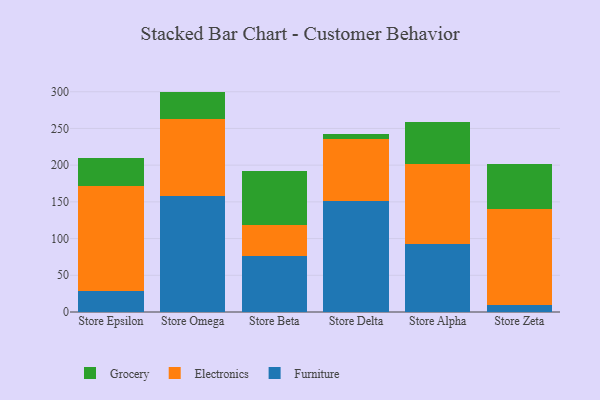
{"axis": {"x": "Store", "y": "Shipments"}, "legend": ["Electronics", "Furniture", "Grocery"], "data": [{"x": "Store Epsilon", "y": 29.2, "type": "Furniture"}, {"x": "Store Epsilon", "y": 142.6, "type": "Electronics"}, {"x": "Store Epsilon", "y": 38.6, "type": "Grocery"}, {"x": "Store Omega", "y": 157.6, "type": "Furniture"}, {"x": "Store Omega", "y": 104.7, "type": "Electronics"}, {"x": "Store Omega", "y": 37.9, "type": "Grocery"}, {"x": "Store Beta", "y": 76.0, "type": "Furniture"}, {"x": "Store Beta", "y": 42.4, "type": "Electronics"}, {"x": "Store Beta", "y": 74.1, "type": "Grocery"}, {"x": "Store Delta", "y": 151.2, "type": "Furniture"}, {"x": "Store Delta", "y": 84.4, "type": "Electronics"}, {"x": "Store Delta", "y": 7.3, "type": "Grocery"}, {"x": "Store Alpha", "y": 92.7, "type": "Furniture"}, {"x": "Store Alpha", "y": 109.2, "type": "Electronics"}, {"x": "Store Alpha", "y": 57.2, "type": "Grocery"}, {"x": "Store Zeta", "y": 9.5, "type": "Furniture"}, {"x": "Store Zeta", "y": 130.6, "type": "Electronics"}, {"x": "Store Zeta", "y": 61.7, "type": "Grocery"}]}